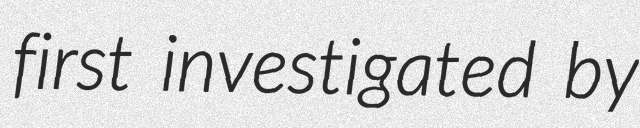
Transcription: first investigated by